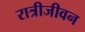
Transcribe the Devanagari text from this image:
रात्रीजीवन